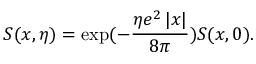
S ( x , \eta ) = \exp ( - \frac { \eta e ^ { 2 } \left| x \right| } { 8 \pi } ) S ( x , 0 ) .